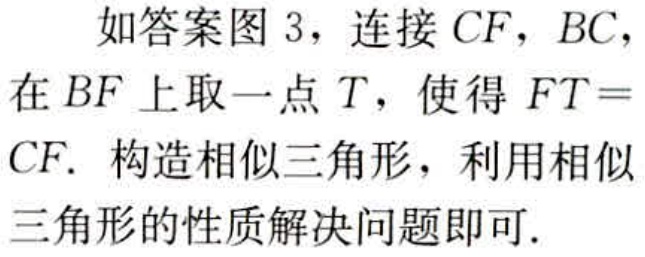
如答案图 3，连接 \(CF\)，\(BC\)，在 \(BF\) 上取一点 \(T\)，使得 \(FT = CF\). 构造相似三角形，利用相似三角形的性质解决问题即可.